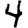
Digit: 4